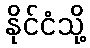
နိုင်ငံသို့